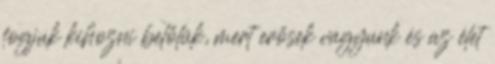
fogjuk kihozni belőlük, mert erősek vagyunk és az élet